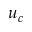
u _ { c }